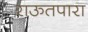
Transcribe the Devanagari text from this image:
राऊतपारा